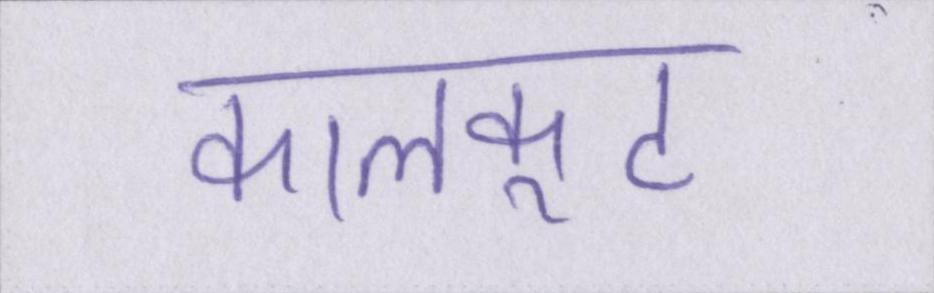
कालकूट